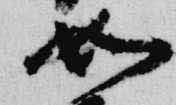
如